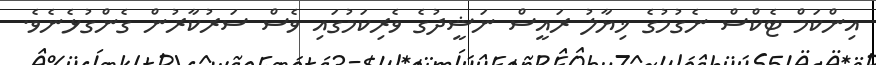
އިންކަމް ޓެކްސް ނެގުމުގެ ޚިޔާލު ރައީސް ނަޝީދުގެ ވެރިކަމުގައި ވެސް ސަރުކާރުން ގެންގުޅެނެވެ.